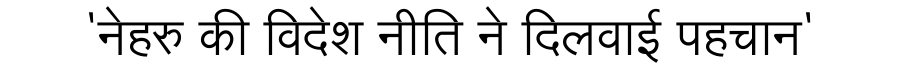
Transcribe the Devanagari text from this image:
'नेहरु की विदेश नीति ने दिलवाई पहचान'